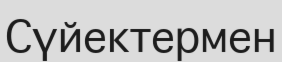
Сүйектермен